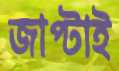
জাপ্‌টাই